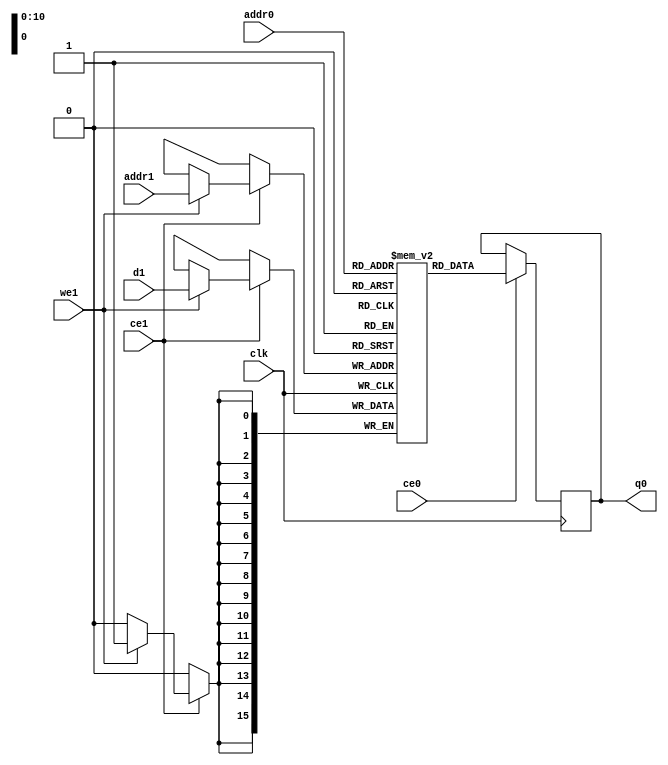
// ==============================================================
// File generated by Vivado(TM) HLS - High-Level Synthesis from C, C++ and SystemC
// Version: 2017.4
// Copyright (C) 1986-2017 Xilinx, Inc. All Rights Reserved.
// 
// ==============================================================

`timescale 1 ns / 1 ps
module line_buffer_10_bucud_ram (addr0, ce0, q0, addr1, ce1, d1, we1,  clk);

parameter DWIDTH = 16;
parameter AWIDTH = 11;
parameter MEM_SIZE = 1056;

input[AWIDTH-1:0] addr0;
input ce0;
output reg[DWIDTH-1:0] q0;
input[AWIDTH-1:0] addr1;
input ce1;
input[DWIDTH-1:0] d1;
input we1;
input clk;

(* ram_style = "block" *)reg [DWIDTH-1:0] ram[0:MEM_SIZE-1];




always @(posedge clk)  
begin 
    if (ce0) 
    begin
            q0 <= ram[addr0];
    end
end


always @(posedge clk)  
begin 
    if (ce1) 
    begin
        if (we1) 
        begin 
            ram[addr1] <= d1; 
        end 
    end
end


endmodule


`timescale 1 ns / 1 ps
module line_buffer_10_bucud(
    reset,
    clk,
    address0,
    ce0,
    q0,
    address1,
    ce1,
    we1,
    d1);

parameter DataWidth = 32'd16;
parameter AddressRange = 32'd1056;
parameter AddressWidth = 32'd11;
input reset;
input clk;
input[AddressWidth - 1:0] address0;
input ce0;
output[DataWidth - 1:0] q0;
input[AddressWidth - 1:0] address1;
input ce1;
input we1;
input[DataWidth - 1:0] d1;



line_buffer_10_bucud_ram line_buffer_10_bucud_ram_U(
    .clk( clk ),
    .addr0( address0 ),
    .ce0( ce0 ),
    .q0( q0 ),
    .addr1( address1 ),
    .ce1( ce1 ),
    .d1( d1 ),
    .we1( we1 ));

endmodule